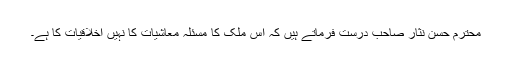
محترم حسن نثار صاحب درست فرماتے ہیں کہ اس ملک کا مسئلہ معاشیات کا نہیں اخلاقیات کا ہے۔